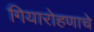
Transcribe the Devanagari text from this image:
गियारोहणाचे